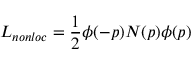
{ \cal L } _ { n o n l o c } = { \frac { 1 } { 2 } } \phi ( - p ) { \cal N } ( p ) \phi ( p )